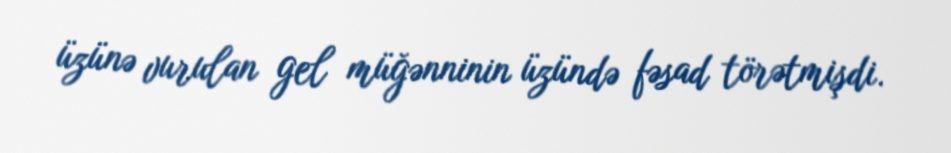
üzünə vurulan gel müğənninin üzündə fəsad törətmişdi.